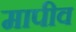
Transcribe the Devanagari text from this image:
मापीव